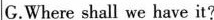
G.Where shall we have it?